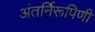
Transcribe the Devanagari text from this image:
अंतर्निरूपिणी